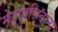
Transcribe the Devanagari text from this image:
मेट्रपोलिटाना